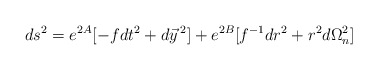
\begin{align*}ds^2=e^{2A}[-fdt^2 + d\vec y\,^2]+e^{2B}[f^{-1}dr^2+r^2d\Omega_n^2]\end{align*}